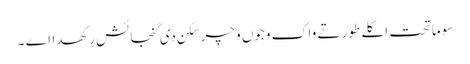
سوماتحت اکلے طور تے واک وجوں وچر سکن دی گنجائش رکھدا اے ۔